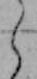
ら